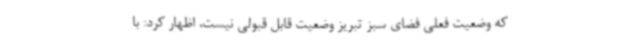
که وضعیت فعلی فضای سبز تبریز وضعیت قابل قبولی نیست، اظهار کرد: با